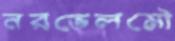
নরভেলমৌ